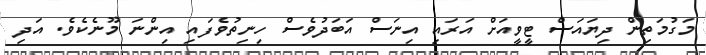
މަގުމަތިން ދިޔައަސް ޓީވީއަށް އަރައި އިނަސް އަބަދުވެސް ހިނިތުވެފައި އިންނަ މޫނެކެވެ. އަދި